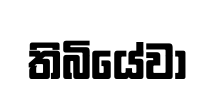
තිබියේවා